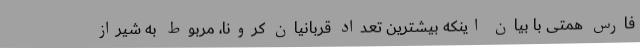
فارس همتی با بیان اینکه بیشترین تعداد قربانیان کرونا، مربوط به شیراز